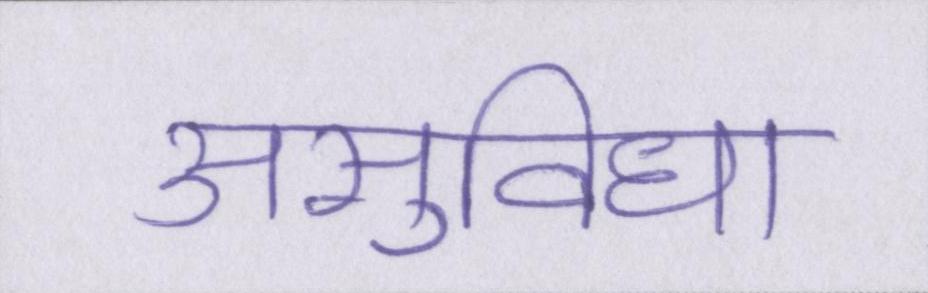
असुविधा